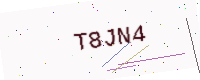
Text: T8JN4